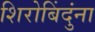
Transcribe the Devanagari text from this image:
शिरोबिंदुंना